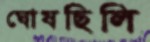
ঘোষছিলি